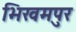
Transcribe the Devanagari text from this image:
भिखमपुर